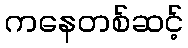
ကနေတစ်ဆင့်